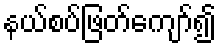
နယ်စပ်ဖြတ်ကျော်၍